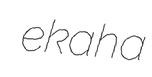
ekaha